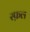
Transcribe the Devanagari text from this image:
स्फ़ल